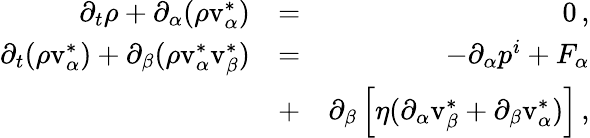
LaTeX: \begin{array}{rlr}{\partial_{t}\rho+\partial_{\alpha}(\rho\mathrm{v}_{\alpha}^{*})}&{=}&{0\, ,}\\ {\partial_{t}(\rho\mathrm{v}_{\alpha}^{*})+\partial_{\beta}(\rho\mathrm{v}_{\alpha}^{*}\mathrm{v}_{\beta}^{*})}&{=}&{-\partial_{\alpha}p^{i}+F_{\alpha}}\\ &{+}&{\partial_{\beta}\left[\eta(\partial_{\alpha}\mathrm{v}_{\beta}^{*}+\partial_{\beta}\mathrm{v}_{\alpha}^{*})\right]\, ,}\end{array}